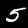
Digit: 5